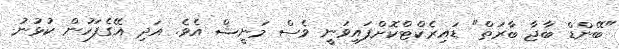
"ބޭންޑް ބާޖާ ބާރަތް" ޑައިރެކްޓްކޮށްފައިވަނީ ވެސް މަނީޝް އެވެ. އަދި އޭގެފަހުން ކުޅުނު